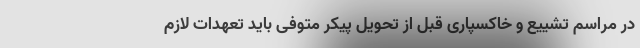
در مراسم تشییع و خاکسپاری قبل از تحویل پیکر متوفی باید تعهدات لازم